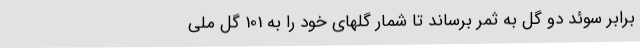
برابر سوئد دو گل به ثمر برساند تا شمار گلهای خود را به 101 گل ملی